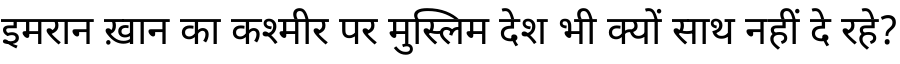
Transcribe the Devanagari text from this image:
इमरान ख़ान का कश्मीर पर मुस्लिम देश भी क्यों साथ नहीं दे रहे?